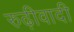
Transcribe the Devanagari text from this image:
रुढ़ीवादी